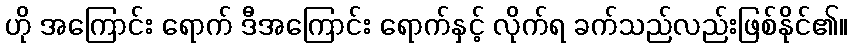
ဟို အကြောင်း ရောက် ဒီအကြောင်း ရောက်နှင့် လိုက်ရ ခက်သည်လည်းဖြစ်နိုင်၏။